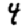
Digit: 4